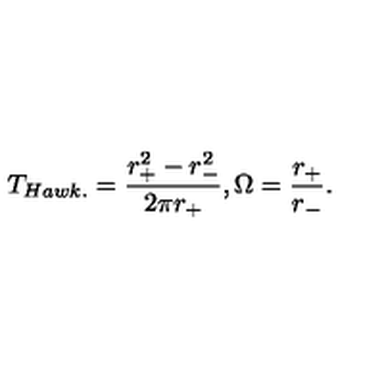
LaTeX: T _ { H a w k . } = \frac { r _ { + } ^ { 2 } - r _ { - } ^ { 2 } } { 2 \pi r _ { + } } , \Omega = \frac { r _ { + } } { r _ { - } } .